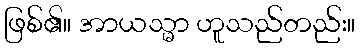
ဖြစ်၏။ အာယသ္မာ ဟူသည်တည်း။